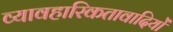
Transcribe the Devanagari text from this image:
व्यावहारिकतावादियों